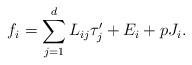
LaTeX: \begin{align*}f_i=\sum_{j=1}^d L_{ij}\tau_j'+E_i+pJ_i.\end{align*}